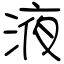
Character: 液